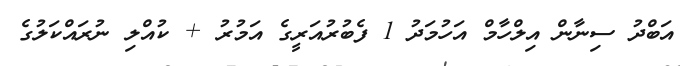
އަބްދު ސިނާން އިލްހާމް އަހުމަދު 1 ފެބުރުއަރީގެ އަމުރު + ކުއްލި ނުރައްކަލުގެ